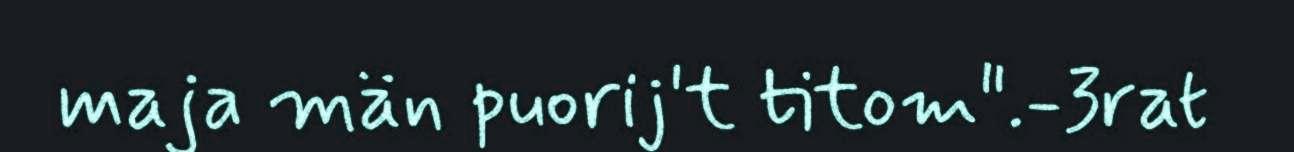
maja män puorij't titom".-3rat